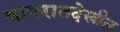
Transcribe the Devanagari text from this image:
वापरातदेखील